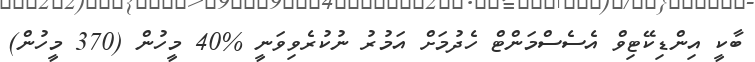
ބާކީ އިންޑިކޭޓިވް އެސެސްމަންޓް ހެދުމަށް އަމުރު ނުކުރެވިވަނީ %40 މީހުން (370 މީހުން)